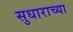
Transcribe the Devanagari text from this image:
सुधाराच्या